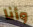
وأنا